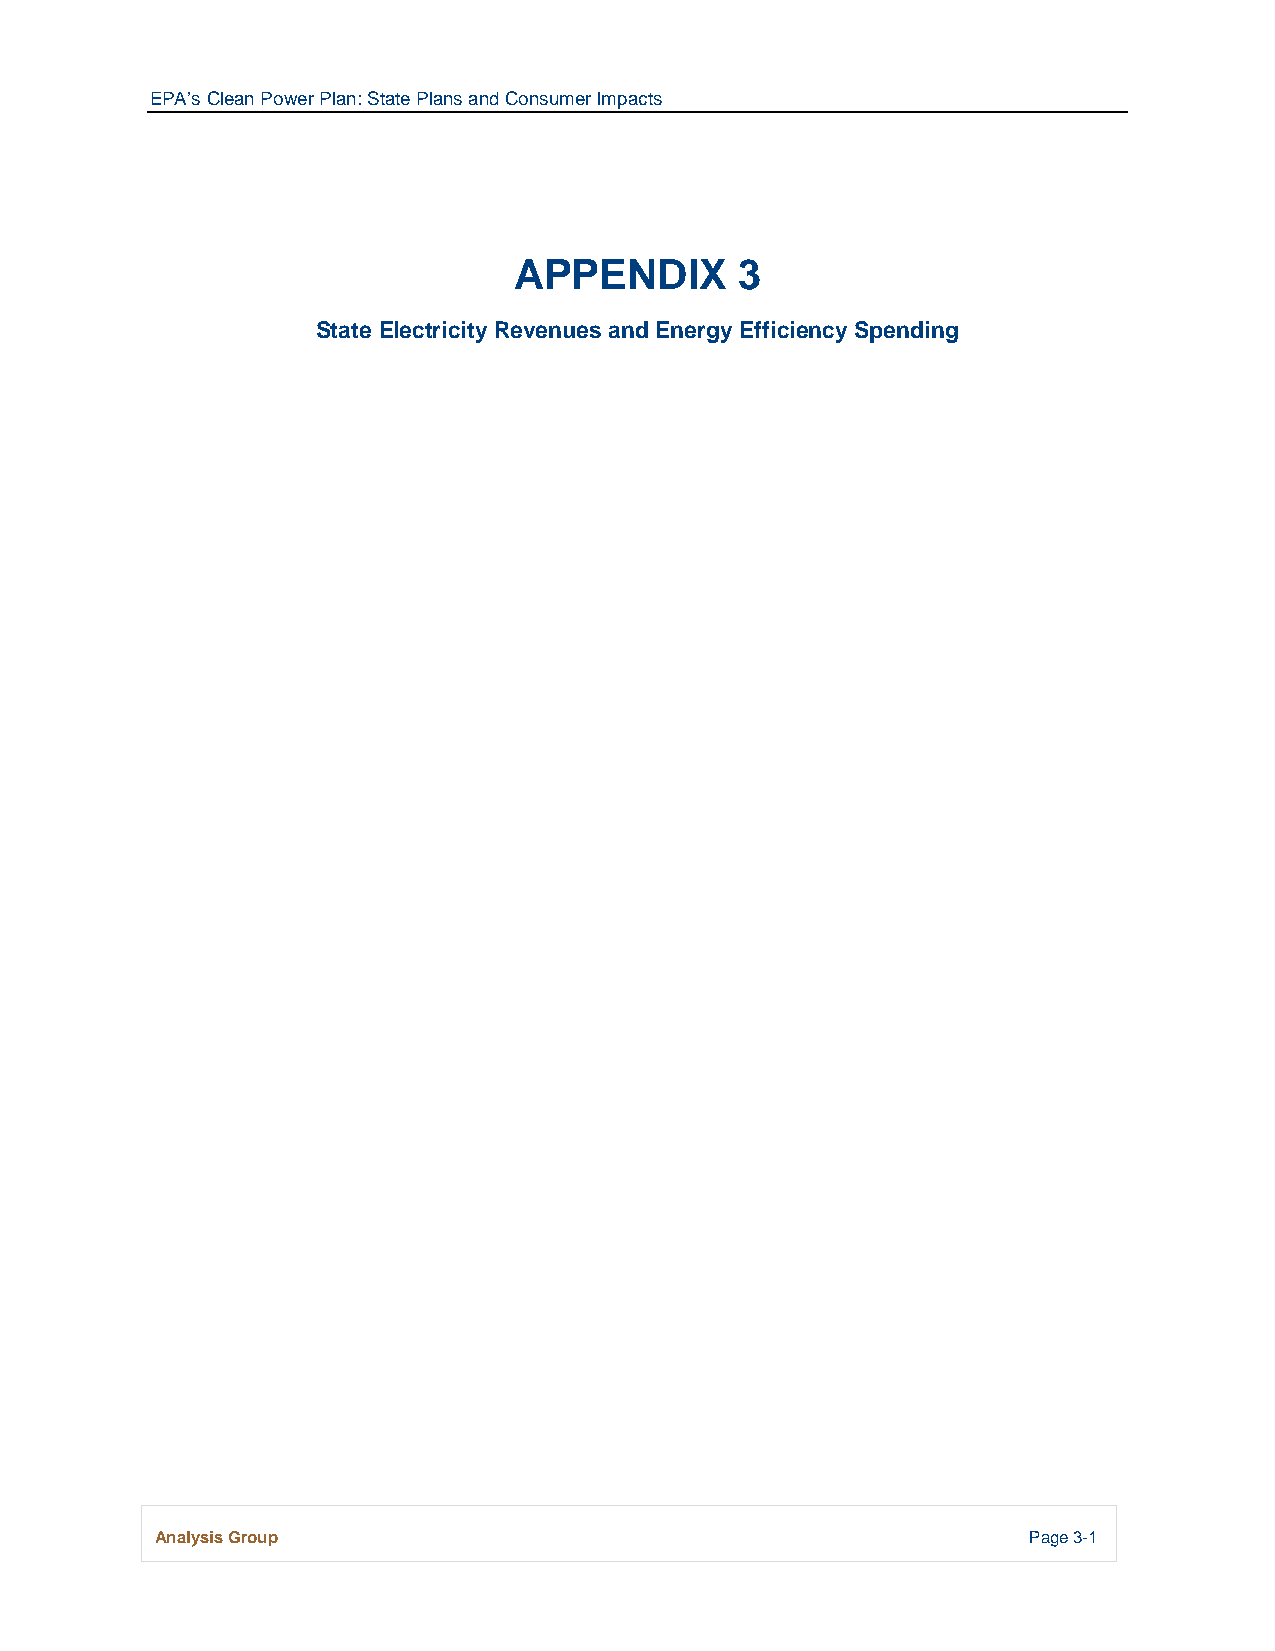
EPA’s Clean Power Plan: State Plans and Consumer Impacts
 APPENDIX       3
 State Electricity Revenues and Energy Efficiency Spending
 Analysis Group                                            Page 3-1